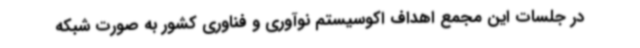
در جلسات این مجمع اهداف اکوسیستم نوآوری و فناوری کشور به صورت شبکه